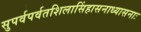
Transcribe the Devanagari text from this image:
सुपर्वपर्वतशिलासिंहासनाध्यासनाः